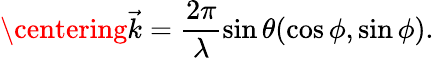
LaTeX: \centering\vec{k}=\frac{2\pi}{\lambda}\sin{\theta}(\cos{\phi},\sin{\phi}).